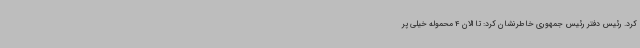
کرد. رئیس دفتر رئیس جمهوری خاطرنشان کرد: تا الان 4 محموله خیلی پر